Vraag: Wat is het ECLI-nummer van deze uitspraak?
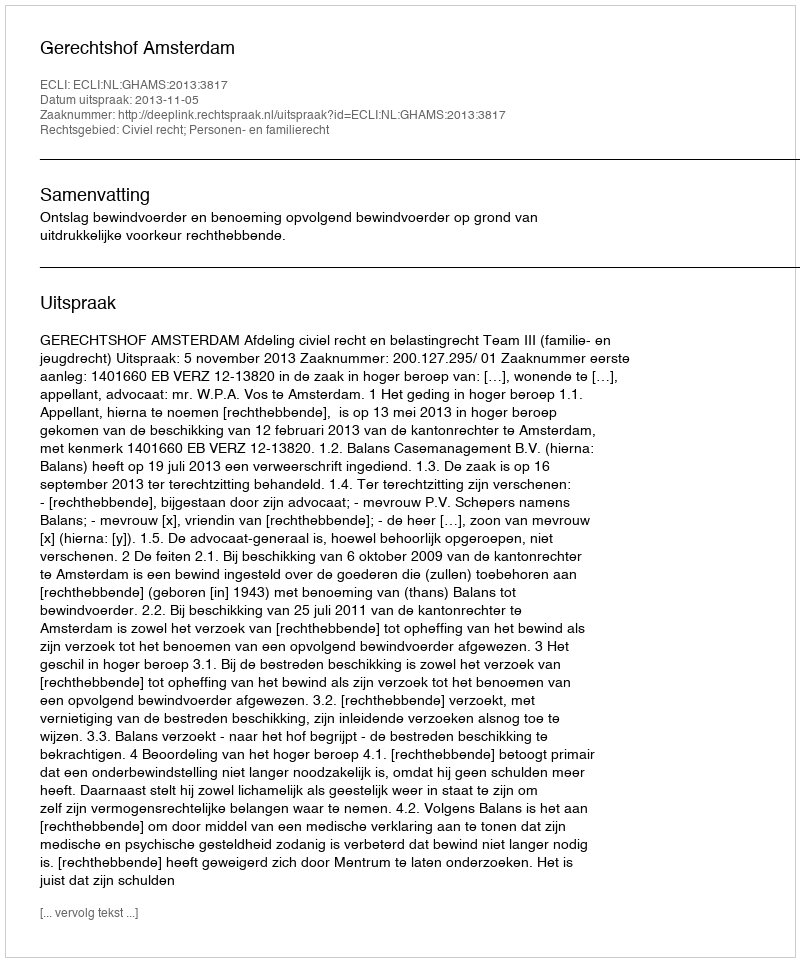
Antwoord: ECLI:NL:GHAMS:2013:3817